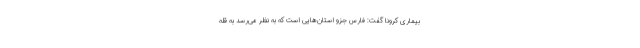
بیماری کرونا گفت: فارس جزو استان‌هایی است که به نظر می‌رسد به قله